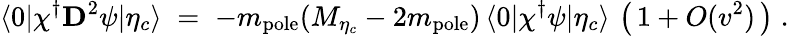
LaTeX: \langle 0|\chi^{\dagger}{\mathbf D}^{2}\psi|\eta_{c}\rangle\; =\; -m_{\mathrm{pole}}(M_{\eta_{c}}-2m_{\mathrm{pole}})\, \langle 0|\chi^{\dagger}\psi|\eta_{c}\rangle\, \left(\, 1+O(v^{2})\, \right)\; .